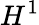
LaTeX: H^{1}